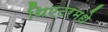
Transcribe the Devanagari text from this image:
थिएटरमधे